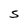
Character: S